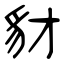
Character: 豺